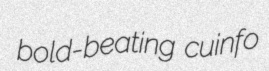
bold-beating cuinfo